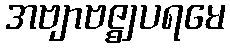
အဗျာဗဇ္ဈပရမေ